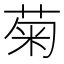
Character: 菊